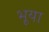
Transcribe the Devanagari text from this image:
भूया